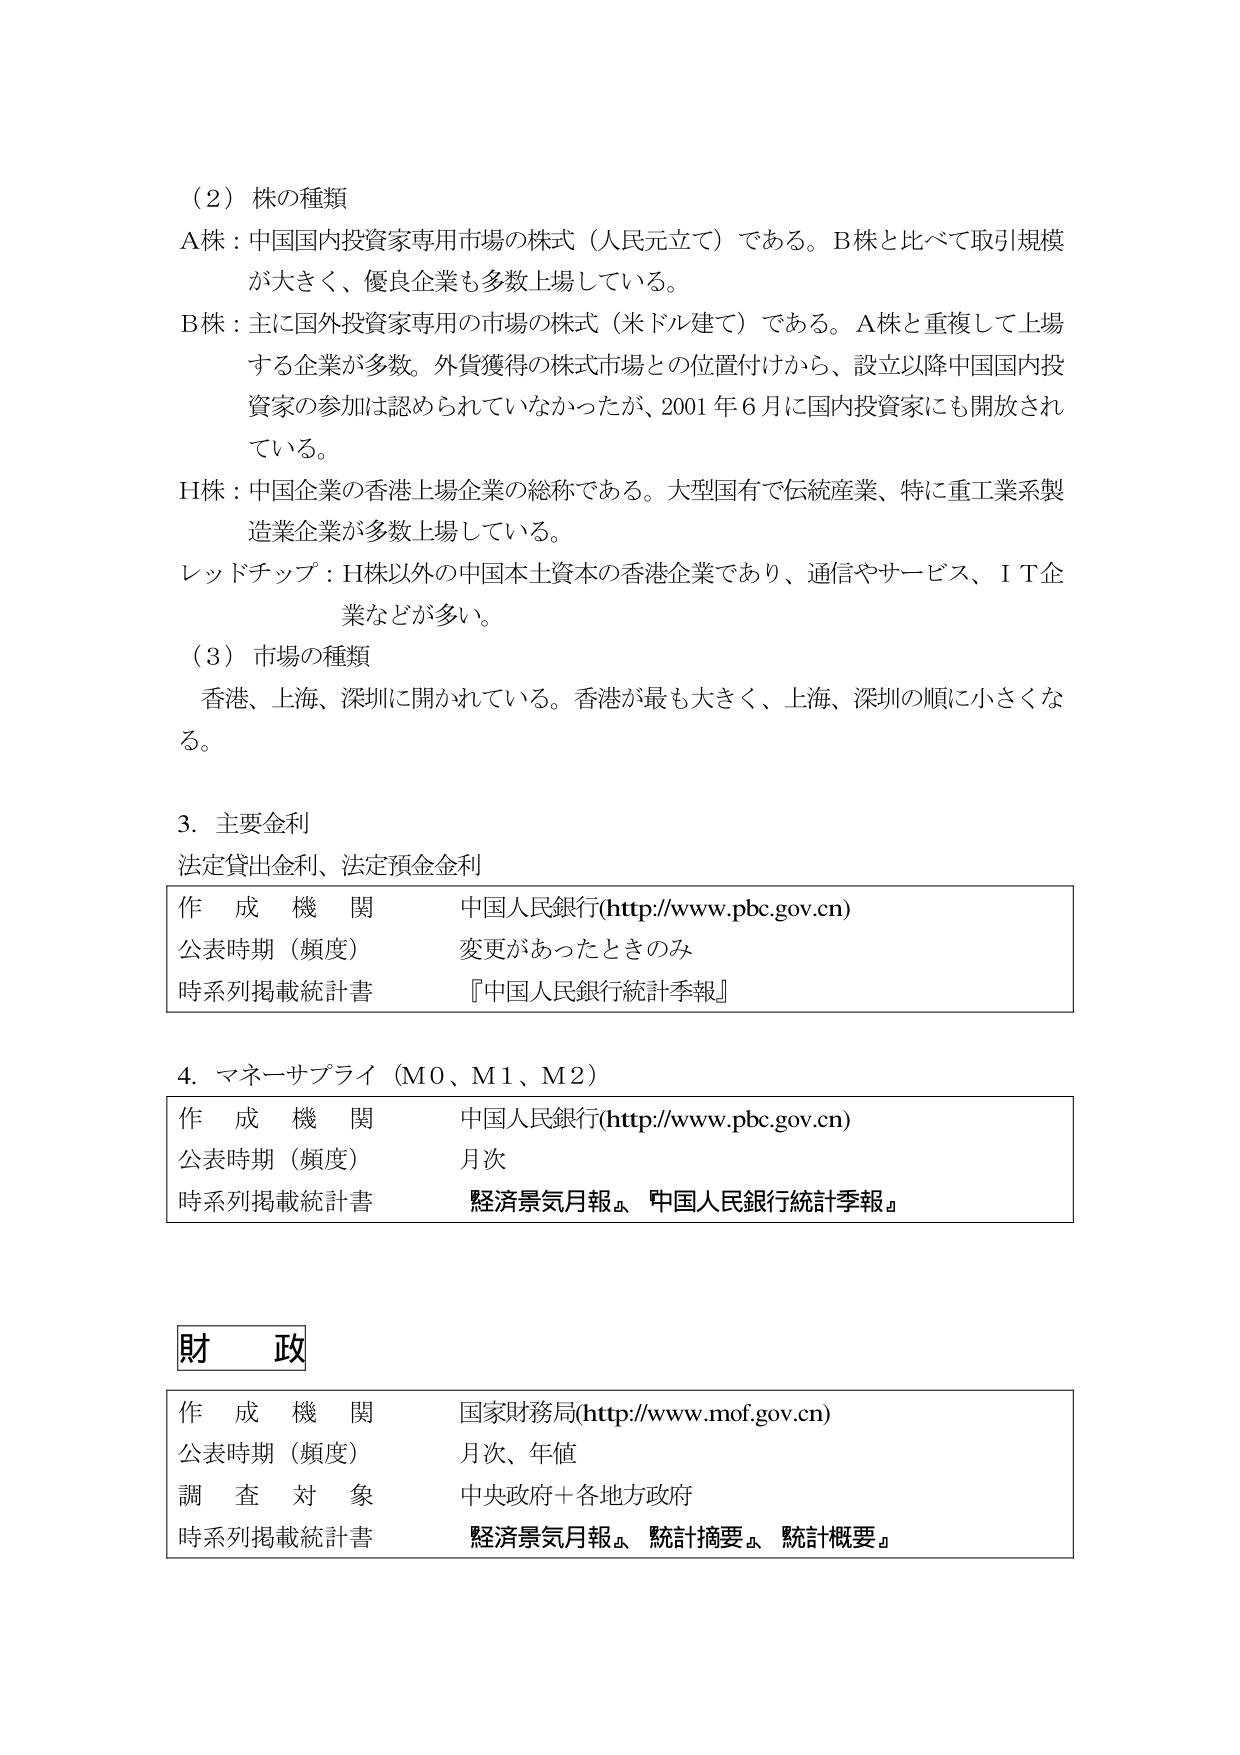
（2）株の種類
A株：中国国内投資家専用市場の株式（人民元立て）である。B株と比べて取引規模が大きく、優良企業も多数上場している。
B株：主に国外投資家専用の市場の株式（米ドル建て）である。A株と重複して上場する企業が多数。外貨獲得の株式市場との位置付けから、設立以降中国国内投資家の参加は認められていなかったが、2001年6月に国内投資家にも開放されている。
H株：中国企業の香港上場企業の総称である。大型国有で伝統産業、特に重工業系製造業企業が多数上場している。
レッドチップ：H株以外の中国本土資本の香港企業であり、通信やサービス、ＩＴ企業などが多い。

（3）市場の種類
香港、上海、深圳に開かれている。香港が最も大きく、上海、深圳の順に小さくなる。

3．主要金利
法定貸出金利、法定預金金利
作成機関　中国人民銀行(http://www.pbc.gov.cn)
公表時期（頻度）　変更があったときのみ
時系列掲載統計書　『中国人民銀行統計季報』

4．マネーサプライ（M0、M1、M2）
作成機関　中国人民銀行(http://www.pbc.gov.cn)
公表時期（頻度）　月次
時系列掲載統計書　『経済景気月報』、『中国人民銀行統計季報』

財政
作成機関　国家財務局(http://www.mof.gov.cn)
公表時期（頻度）　月次、年値
調査対象　中央政府＋各地方政府
時系列掲載統計書　『経済景気月報』、『統計摘要』、『統計概要』